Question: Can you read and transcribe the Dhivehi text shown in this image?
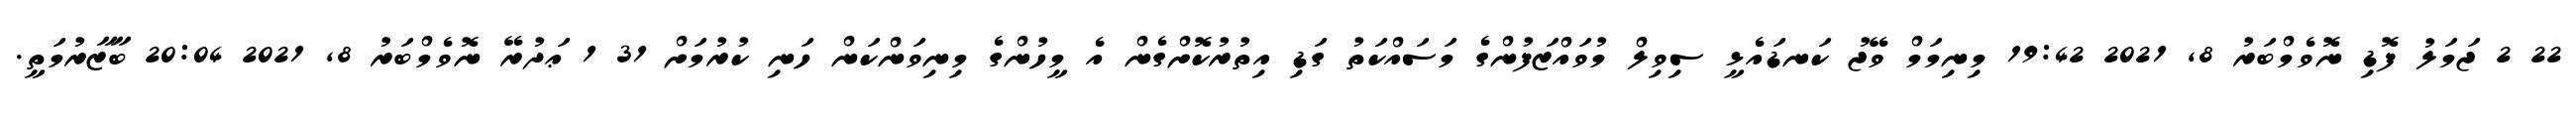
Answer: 22 2 ޖަމަލު ފޮޑި ނޮވެމްބަރު 8, 2021 19:42 މިނިމަމް ވޭޖު ކަނޑައެޅީ ސިވިލް މުވައްޒަފުންގެ މަސައްކަތު ގަޑި އިތުރުކޮށްގެން އެ މީހުންގެ މިނިވަންކަން ހަނި ކުރުމަށް 31 1 ޢަދުރޭ ނޮވެމްބަރު 8, 2021 20:04 ބާޒާރުމަތީ.